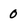
Character: 0